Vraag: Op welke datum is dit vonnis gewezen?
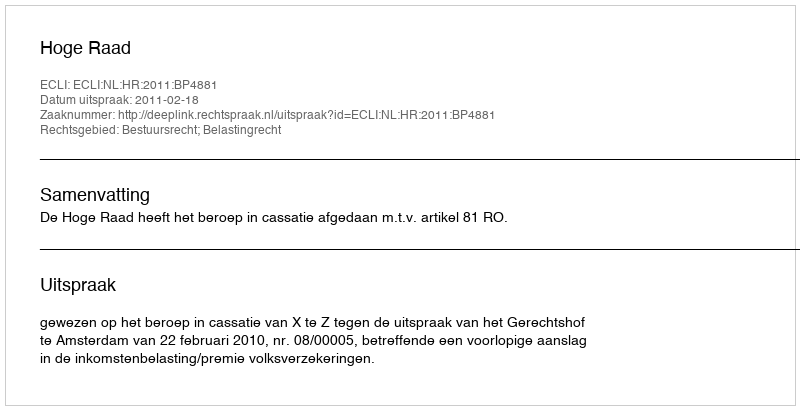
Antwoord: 2011-02-18